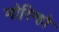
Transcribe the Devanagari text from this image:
मोरिन्हो